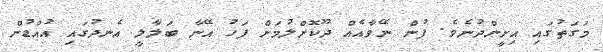
މަގަތުގައި އިށީންދުނެވެ. ފުން ނޭވާއެއް ދޫކޮށްލުމަށް ފަހު އޭނާ ބަލާލީ އެނދުގައި އުއްޑުން